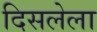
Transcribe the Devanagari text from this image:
दिसलेला